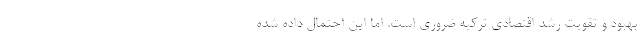
بهبود و تقویت رشد اقتصادی ترکیه ضروری است. اما این احتمال داده شده